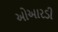
ઓઆરડી